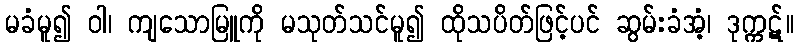
မခံမူ၍ ဝါ၊ ကျသောမြူကို မသုတ်သင်မူ၍ ထိုသပိတ်ဖြင့်ပင် ဆွမ်းခံအံ့၊ ဒုက္ကဋ်။